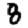
Digit: 8